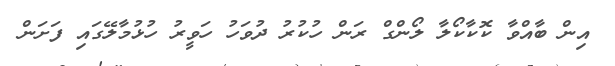
އިން ބާއްވާ ކޮކާކޯލާ ލޯންގް ރަން ހުކުރު ދުވަހު ހަވީރު ހުޅުމާލޭގައި ފަށަން